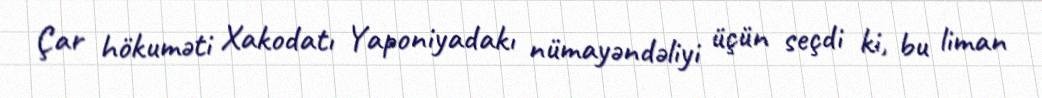
Çar hökuməti Xakodatı Yaponiyadakı nümayəndəliyi üçün seçdi ki, bu liman